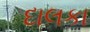
દાલકા